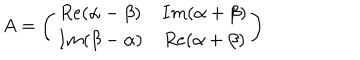
A = \left( \begin{array} { c c } { { R e ( \alpha - \beta ) } } & { { I m ( \alpha + \beta ) } } \\ { { I m ( \beta - \alpha ) } } & { { R e ( \alpha + \beta ) } } \\ \end{array} \right)